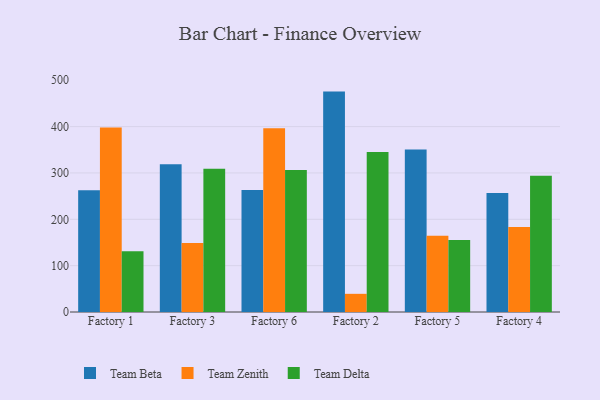
{"axis": {"x": "Factory", "y": "Waste Production (Tons)"}, "legend": ["Team Beta", "Team Delta", "Team Zenith"], "data": [{"x": "Factory 1", "y": 262.5, "type": "Team Beta"}, {"x": "Factory 1", "y": 398.0, "type": "Team Zenith"}, {"x": "Factory 1", "y": 130.8, "type": "Team Delta"}, {"x": "Factory 3", "y": 319.0, "type": "Team Beta"}, {"x": "Factory 3", "y": 149.0, "type": "Team Zenith"}, {"x": "Factory 3", "y": 308.9, "type": "Team Delta"}, {"x": "Factory 6", "y": 263.4, "type": "Team Beta"}, {"x": "Factory 6", "y": 396.6, "type": "Team Zenith"}, {"x": "Factory 6", "y": 306.5, "type": "Team Delta"}, {"x": "Factory 2", "y": 475.5, "type": "Team Beta"}, {"x": "Factory 2", "y": 39.2, "type": "Team Zenith"}, {"x": "Factory 2", "y": 345.4, "type": "Team Delta"}, {"x": "Factory 5", "y": 350.4, "type": "Team Beta"}, {"x": "Factory 5", "y": 164.4, "type": "Team Zenith"}, {"x": "Factory 5", "y": 155.6, "type": "Team Delta"}, {"x": "Factory 4", "y": 256.5, "type": "Team Beta"}, {"x": "Factory 4", "y": 183.3, "type": "Team Zenith"}, {"x": "Factory 4", "y": 294.0, "type": "Team Delta"}]}